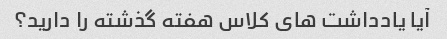
آیا یادداشت های کلاس هفته گذشته را دارید؟